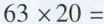
$$6 3 \times 2 0 =$$